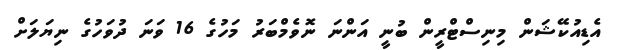
އެޑިއުކޭޝަން މިނިސްޓްރީން ބުނީ އަންނަ ނޮވެމްބަރު މަހުގެ 16 ވަނަ ދުވަހުގެ ނިޔަލަށް